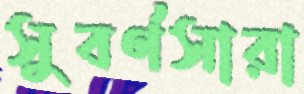
সুবর্ণসারা